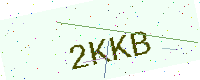
Text: 2KKB